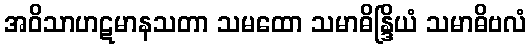
အဝိသာဟဋမာနသတာ သမထော သမာဓိန္ဒြိယံ သမာဓိဗလံ